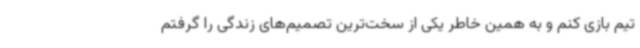
تیم بازی کنم و به همین خاطر یکی از سخت‌ترین تصمیم‌های زندگی را گرفتم